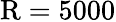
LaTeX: \mathrm{R}=5000